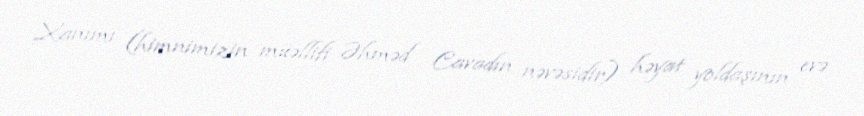
Xanımı (himnimizin müəllifi Əhməd Cavadın nəvəsidir) həyat yoldaşının evə